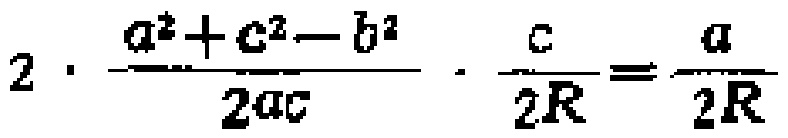
$2\cdot \frac{a^{2}+c^{2}-b^{2}}{2ac}\cdot \frac{c}{2R}=\frac{a}{2R}$